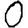
Digit: 0